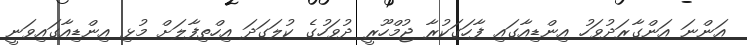
އަންނަ އަންގާރަދުވަހު އިންޑިއާގައި ފާހަގަކުރާ ޖުމްހޫރީ ދުވަހުގެ ކުލަގަދަ އިހްތިފާލަށް މުޅި އިންޑިއާގައިވަނީ